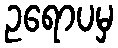
ဥရောပမှ